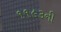
૧૧૯૩ની